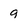
Character: 9